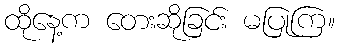
ထိုနေ့က တေးဆိုခြင်း မပြုကြ။